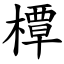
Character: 橝